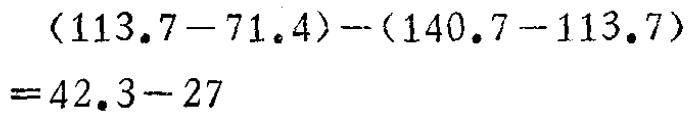
\((113.7 - 71.4) - (140.7 - 113.7)=42.3 - 27\)